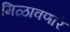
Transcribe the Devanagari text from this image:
मिळावणारे